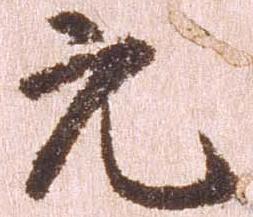
元